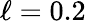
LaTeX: \ell=0.2